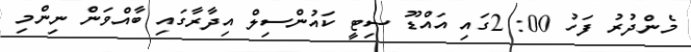
މެންދުރު ފަހު 00: 2ގައި އައްޑޫ ސިޓީ ކައުންސިލް އިދާރާގައި ބާއްވަން ނިންމި